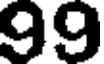
99